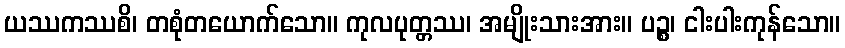
ယဿကဿစိ၊ တစုံတယောက်သော။ ကုလပုတ္တဿ၊ အမျိုးသားအား။ ပဉ္စ၊ ငါးပါးကုန်သော။